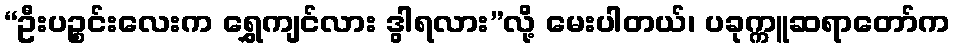
“ဦးပဉ္စင်းလေးက ရွှေကျင်လား ဒွါရလား”လို့ မေးပါတယ်၊ ပခုက္ကူဆရာတော်က